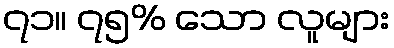
၇၁။ ၇၅% သော လူများ